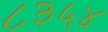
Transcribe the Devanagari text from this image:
८३५४